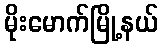
မိုးမောက်မြို့နယ်